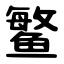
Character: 鳘